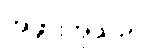
အဖွားအိုသည်